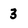
Character: 3